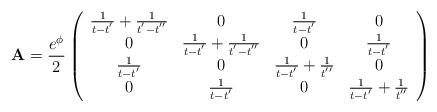
LaTeX: \begin{align*}{\bf A} = \frac{e^{\phi}}{2}\left( \begin{array}{cccc} \frac{1}{t-t^{'}}+\frac{1}{t^{'}-t^{''}} & 0 & \frac{1}{t-t^{'}} & 0 \\ 0 & \frac{1}{t-t^{'}}+\frac{1}{t^{'}-t^{''}} & 0 & \frac{1}{t-t^{'}} \\ \frac{1}{t-t^{'}} & 0 & \frac{1}{t-t^{'}}+\frac{1}{t^{''}} & 0 \\ 0 & \frac{1}{t-t^{'}} & 0 & \frac{1}{t-t^{'}}+\frac{1}{t^{''}} \\\end{array} \right)\end{align*}